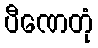
ပီဏေတုံ